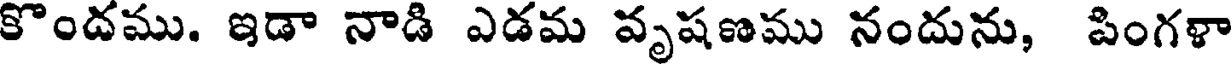
కొందము. ఇడా నాడి ఎడమ వృషణము నందును, పింగళా